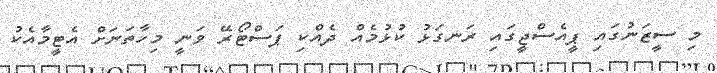
މި ސީޒަނުގައި ޕީއެސްޖީގައި ރަނގަޅު ކުޅުމެއް ދެއްކި ޕަސްޓޯރޭ ވަނީ މިހާތަނަށް އެޓީމާއެކު